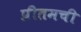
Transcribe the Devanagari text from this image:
प्रीतमची